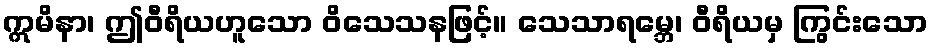
ဣမိနာ၊ ဤဝီရိယဟူသော ဝိသေသနဖြင့်။ သေသာရမ္ဘေ၊ ဝီရိယမှ ကြွင်းသော